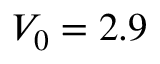
V _ { 0 } = 2 . 9